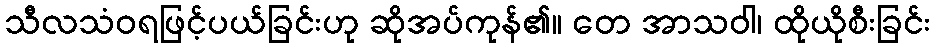
သီလသံဝရဖြင့်ပယ်ခြင်းဟု ဆိုအပ်ကုန်၏။ တေ အာသဝါ၊ ထိုယိုစီးခြင်း